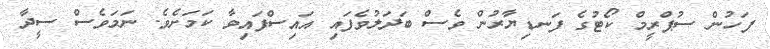
ފަހުން ސުޕްރީމް ކޯޓުގެ ފަނޑިޔާރުން ވެސް ބަދަލުވެފައި އައިސްފައިވާ ކަމަށެވެ. ނަމަވެސް ސީދާ